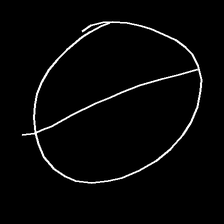
Glyph: orb